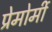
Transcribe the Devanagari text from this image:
प्रेमोर्मी